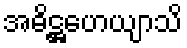
အဓိဋ္ဌဟေယျာသိ